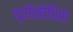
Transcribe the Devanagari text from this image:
प्रॉसोपिस